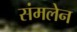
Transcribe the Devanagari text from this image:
संमलेन